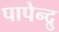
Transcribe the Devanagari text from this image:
पापेन्द्रु